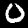
Label: 0